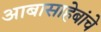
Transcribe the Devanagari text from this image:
आबासाहेबांचे